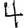
Digit: 4